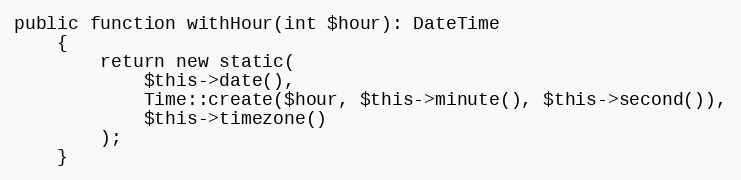
Language: PHP
public function withHour(int $hour): DateTime
    {
        return new static(
            $this->date(),
            Time::create($hour, $this->minute(), $this->second()),
            $this->timezone()
        );
    }